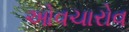
ઓવચારોવ